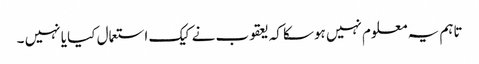
تاہم یہ معلوم نہیں ہوسکا کہ یعقوب نے کیک استعمال کیا یا نہیں ۔